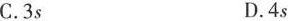
C.3sD.4s